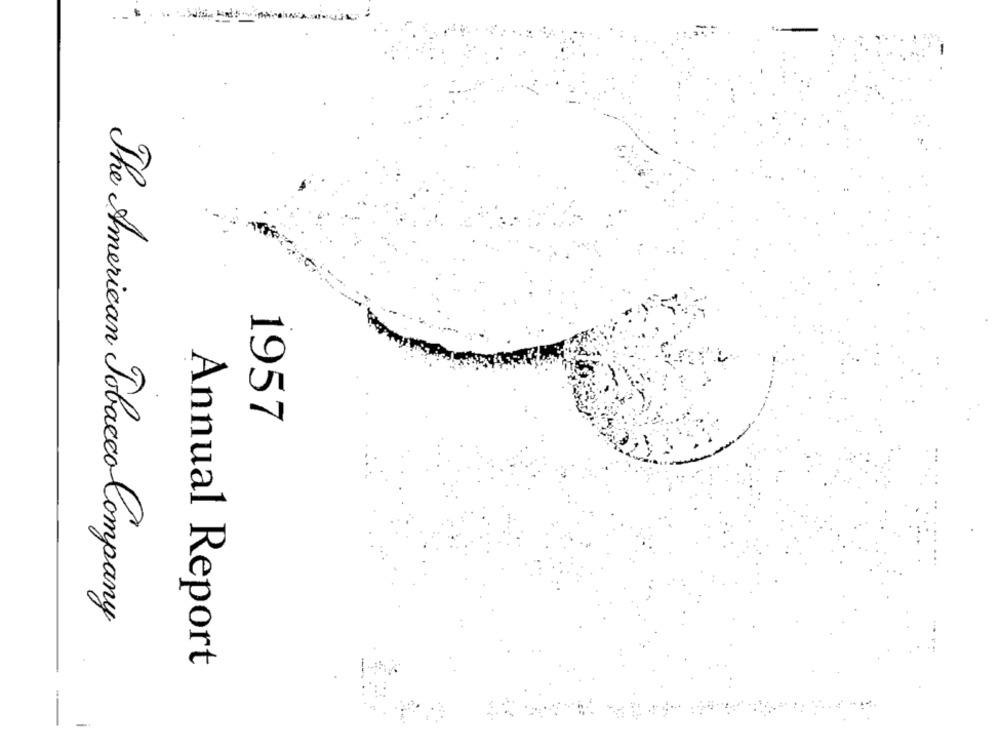
1957
The American Tobacco Company
Annual Report